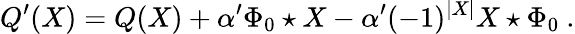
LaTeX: Q^{\prime}(X)=Q(X)+\alpha^{\prime}\Phi_{0}\star X-\alpha^{\prime}(-1)^{|X|}X\star\Phi_{0}\ .